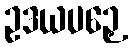
ဥဒယပဉှေ